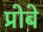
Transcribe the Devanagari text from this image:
प्रोबे